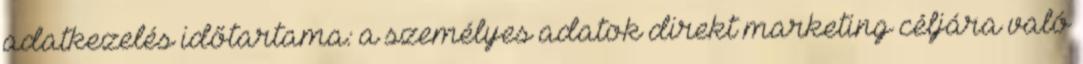
adatkezelés időtartama: a személyes adatok direkt marketing céljára való